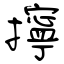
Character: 擰